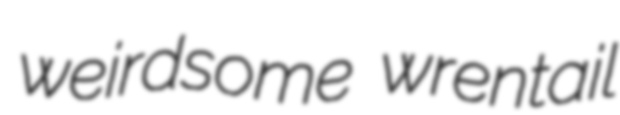
weirdsome wrentail